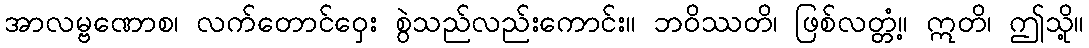
အာလမ္ဗဏောစ၊ လက်တောင်ဝှေး စွဲသည်လည်းကောင်း။ ဘဝိဿတိ၊ ဖြစ်လတ္တံ့။ ဣတိ၊ ဤသို့။